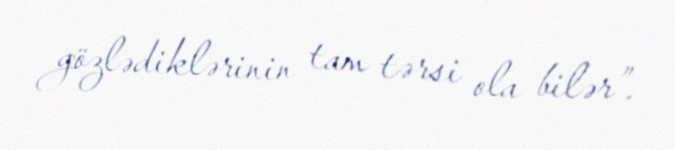
gözlədiklərinin tam tərsi ola bilər”.